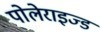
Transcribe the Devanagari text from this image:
पोलेराइज्ड